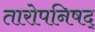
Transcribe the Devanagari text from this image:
तारोपनिषद्